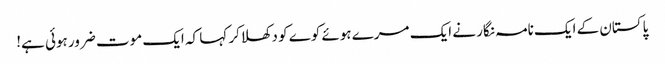
پاکستان کے ایک نامہ نگار نے ایک مرے ہوئے کوے کو دکھلاکر کہا کہ ایک موت ضرور ہوئی ہے!